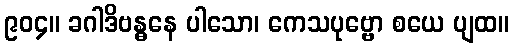
၉၀၄။ ခဂါဒိဗန္ဓနေ ပါသော၊ ကေသပုဗ္ဗော စယေ ပျထ။